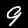
Digit: 9